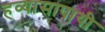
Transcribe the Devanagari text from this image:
हव्यासापायी